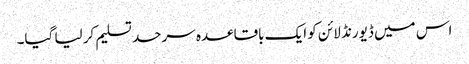
اس میں ڈیورنڈ لائن کو ایک باقاعدہ سرحد تسلیم کر لیا گیا۔